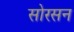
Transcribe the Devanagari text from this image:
सोरसन